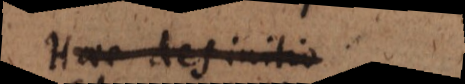
Haec definitio